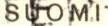
SUOMI